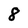
Character: 8